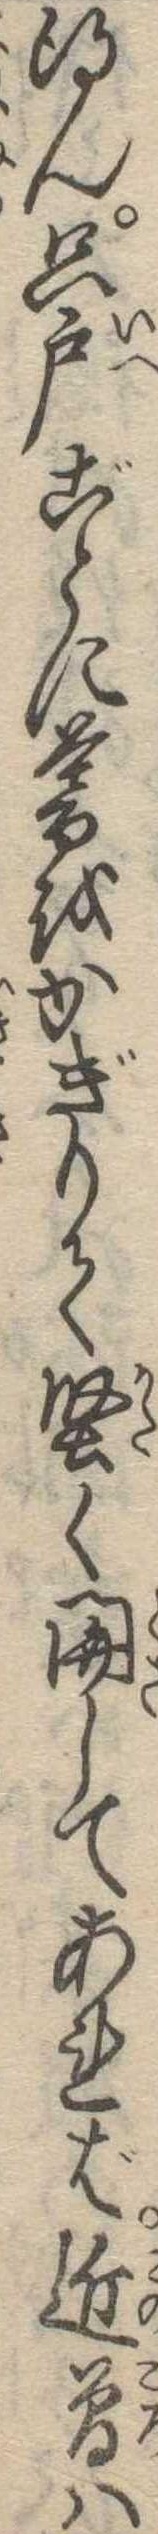
得ん只戸ごとに暮をかぎりて堅く関してあれば近曽は